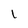
Character: I